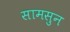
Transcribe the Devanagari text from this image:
सामसुन